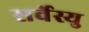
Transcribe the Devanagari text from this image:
सर्वेस्यु